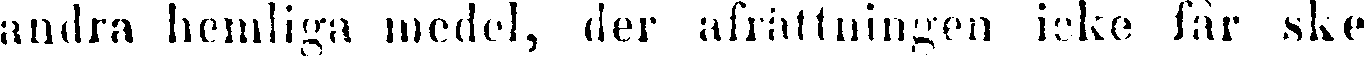
andra hemliga medel, der afrättningen icke får ske